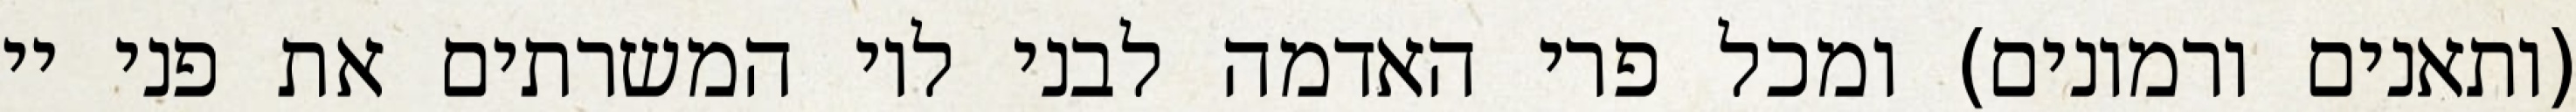
(ותאנים ורמונים) ומכל פרי האדמה לבני לוי המשרתים את פני יי